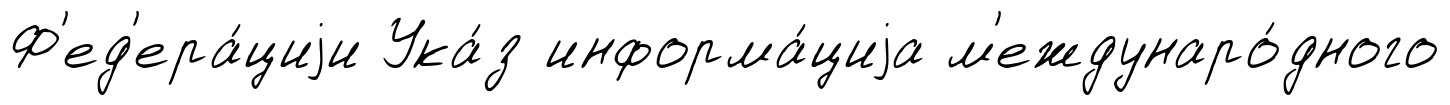
Ф'ед'ера́циjи Ука́з информа́циjа м'еждунаро́дного